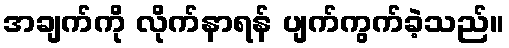
အချက်ကို လိုက်နာရန် ပျက်ကွက်ခဲ့သည်။